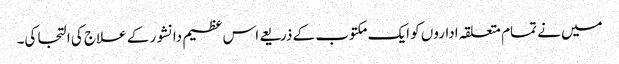
میں نے تمام متعلقہ اداروں کو ایک مکتوب کے ذریعے اس عظیم دانشور کے علاج کی التجا کی۔